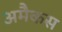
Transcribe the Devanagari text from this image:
अमैकस